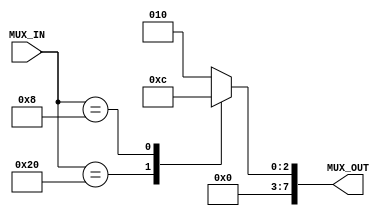
module RX_ClkDiv_MUX
(
input wire  [5:0]MUX_IN,
output reg  [7:0]MUX_OUT
);

always@(*)
 begin
	case (MUX_IN)
	6'd32: MUX_OUT = 8'd1;
	6'd16: MUX_OUT = 8'd2;
	6'd8 : MUX_OUT = 8'd4;
	default: MUX_OUT = 8'd2;
	endcase
 end
 
 endmodule